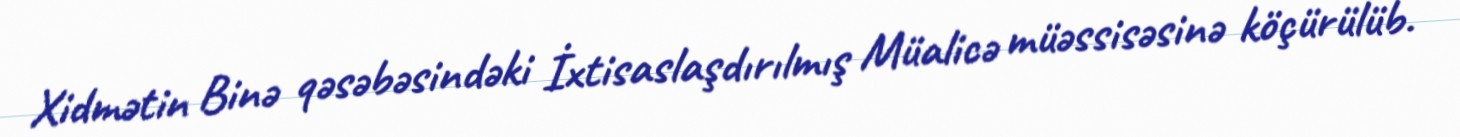
Xidmətin Binə qəsəbəsindəki İxtisaslaşdırılmış Müalicə müəssisəsinə köçürülüb.